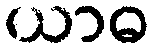
ယာဓ